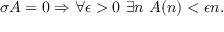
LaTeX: \sigma A = 0 \Rightarrow \forall \epsilon > 0 \ \exists n \ A ( n ) < \epsilon n .